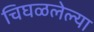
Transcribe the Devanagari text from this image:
चिघळलेल्या